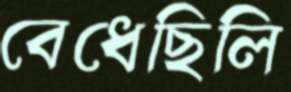
বেধেছিলি